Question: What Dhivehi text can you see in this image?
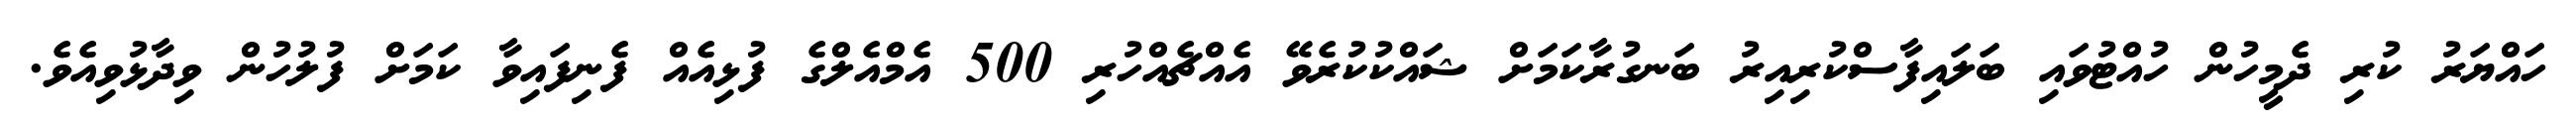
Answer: ހައްޔަރު ކުރި ދެމީހުން ހުއްޓުވައި ބަލައިފާސްކުރިއިރު ބަނގުރާކަމަށް ޝައްކުކުރެވޭ އެއްޗެއްހުރި 500 އެމްއެލްގެ ފުޅިއެއް ފެނިފައިވާ ކަމަށް ފުލުހުން ވިދާޅުވިއެވެ.